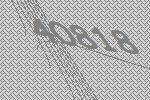
40818